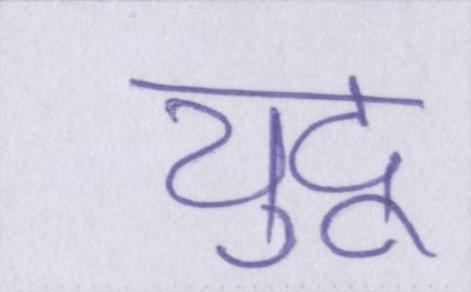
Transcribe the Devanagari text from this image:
युद्व